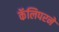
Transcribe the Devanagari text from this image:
कॅलिपरने